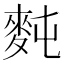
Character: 𪌋